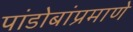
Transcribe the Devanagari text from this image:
पांडोबांप्रमाणे